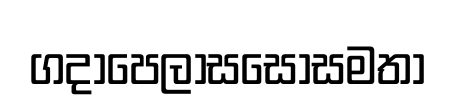
ගදාපෙලාසසොසමතා